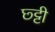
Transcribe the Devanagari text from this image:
छ्ट्टी